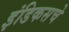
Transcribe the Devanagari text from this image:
इंडिकसचे